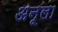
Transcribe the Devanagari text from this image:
अनूला